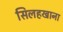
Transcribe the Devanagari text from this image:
सिलहखाना